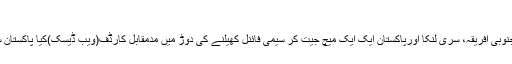
10 جون, 2017	کھیل
گروپ بی میں شامل بھارت، جنوبی افریقہ، سری لنکا اورپاکستان ایک ایک میچ جیت کر سیمی فائنل کھیلنے کی دوڑ میں مدمقابل کارڈف(ویب ڈیسک)کیا پاکستان سیمی فائنل میں پہنچ سکے گا؟